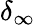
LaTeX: \delta_{\infty}